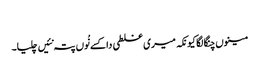
‏
مینوں چنگا لگا کیونکہ میری غلطی دا کسے نُوں پتہ نئیں چلیا۔